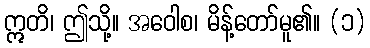
ဣတိ၊ ဤသို့။ အဝေါစ၊ မိန့်တော်မူ၏။ (၁)